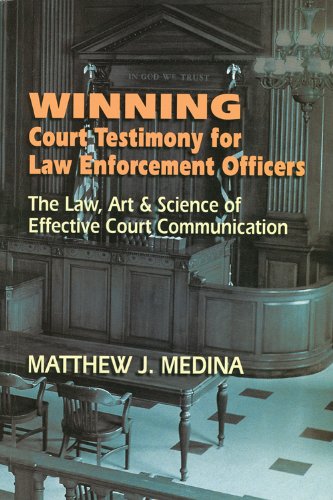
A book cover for Winning Court Testimony for Law Enforcement Officers; Matthew J Medina; Law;